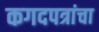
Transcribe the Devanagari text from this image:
कगदपत्रांचा